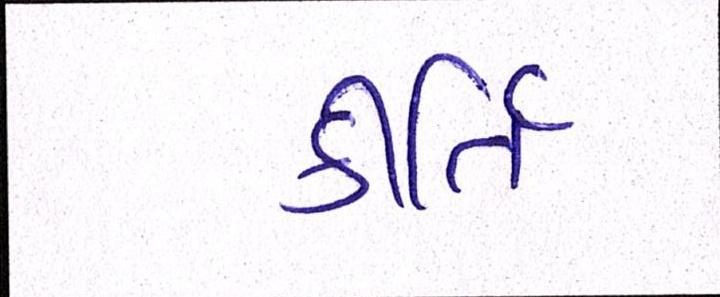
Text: કીર્તિ